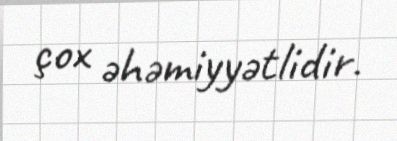
çox əhəmiyyətlidir.